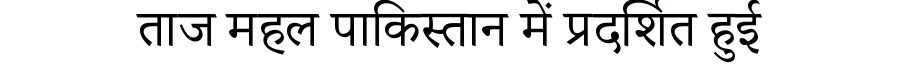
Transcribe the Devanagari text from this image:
ताज महल पाकिस्तान में प्रदर्शित हुई